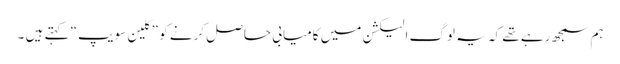
ہم سمجھ رہے تھے کہ یہ لوگ الیکشن میں کامیابی حاصل کرنے کو ”کلین سویپ“ کہتے ہیں ۔